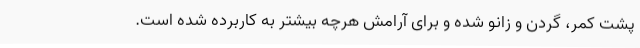
پشت کمر، گردن و زانو شده و برای آرامش هرچه بیشتر به کاربرده شده است.